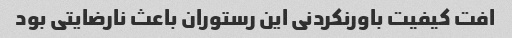
افت کیفیت باورنکردنی این رستوران باعث نارضایتی بود